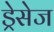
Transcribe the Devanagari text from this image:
ड्रेसेज